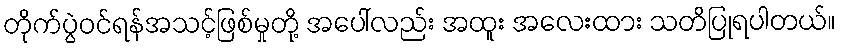
တိုက်ပွဲဝင်ရန်အသင့်ဖြစ်မှုတို့ အပေါ်လည်း အထူး အလေးထား သတိပြုရပါတယ်။